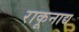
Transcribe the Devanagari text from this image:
राकूनाद्य